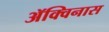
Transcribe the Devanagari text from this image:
ॲक्विनास